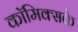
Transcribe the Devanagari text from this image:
कॉमिक्सके